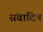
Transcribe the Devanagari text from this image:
संवादित्र